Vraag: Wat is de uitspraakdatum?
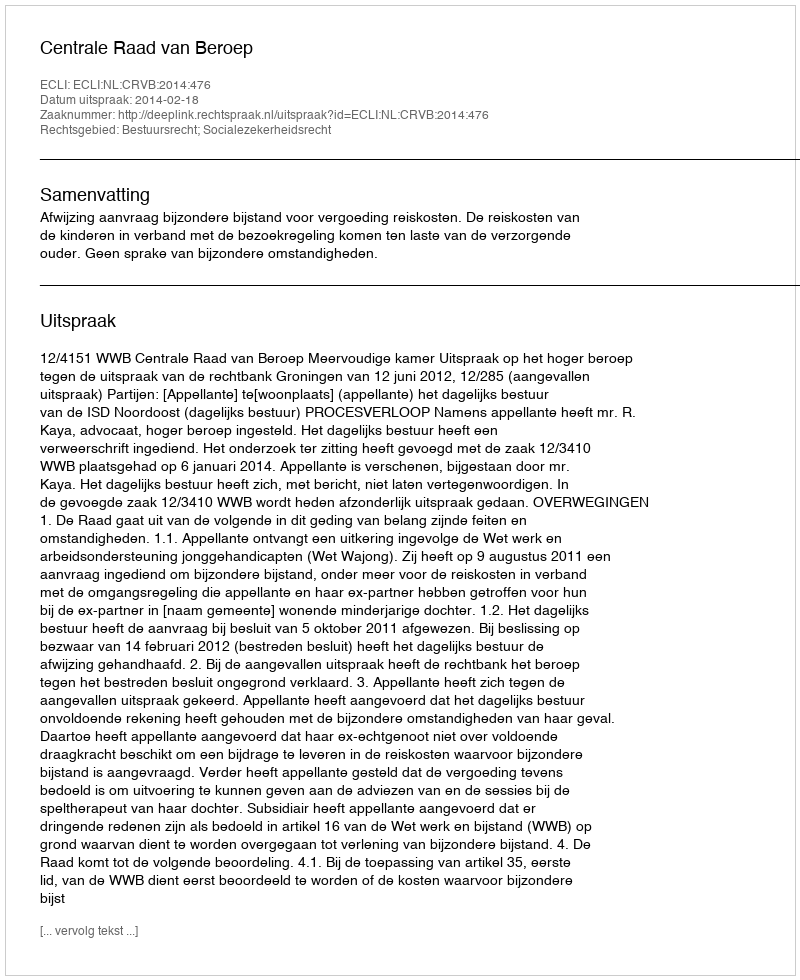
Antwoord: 2014-02-18